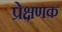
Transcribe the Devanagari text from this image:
प्रेक्षणक